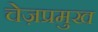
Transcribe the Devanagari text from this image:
चेज़प्रमुख